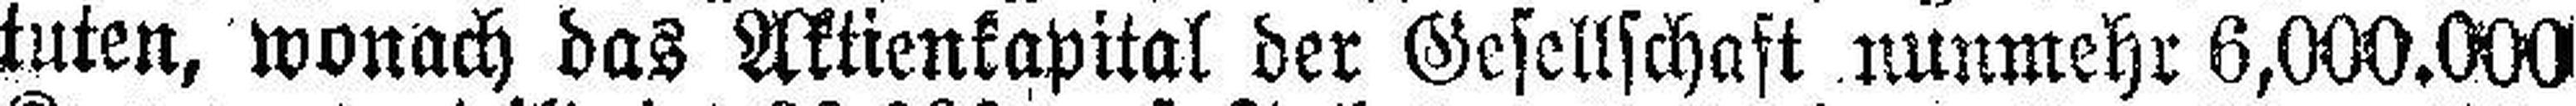
tuten, wonach das Aktienkapital der Gesellschaft nunmehr 6,000.000